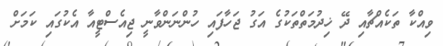
ވިއްކާ ތަކެއްޗާއި ދޭ ޚިދުމަތްތަކުގެ އަގު ޖަހާފައި ހުންނަންވާނީ ޖިއެސްޓީއާ އެކުގައި ކަމަށް